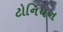
ટોનિયન